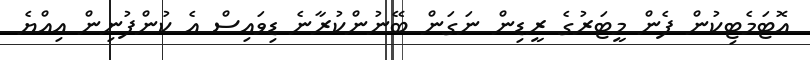
އޮޓަމެޓިކުން ފެން މީޓަރުގެ ރީޑިން ނަގަން ބޭނުންކުރާނެ ޑިވައިސް އެ ކުންފުނިން އިއްޔެ